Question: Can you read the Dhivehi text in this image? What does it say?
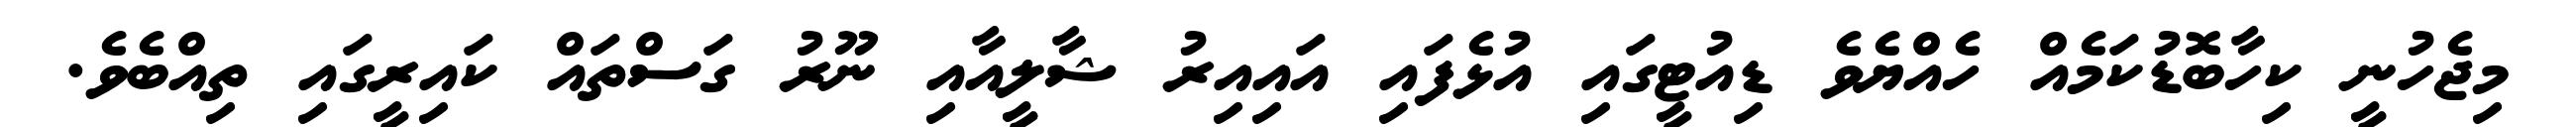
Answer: މިޖެހުނީ ކިހާބޮޑުކަމެއް ހެއްޔެވެ ޑިއުޓީގައި އުޅެފައި އައިއިރު ޝާލީއާއި ނޫރު ގަސްތައް ކައިރީގައި ތިއްބެވެ.